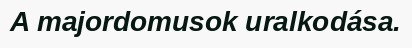
A majordomusok uralkodása.